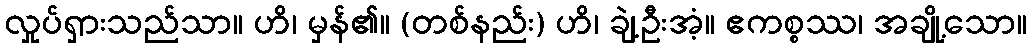
လှုပ်ရှားသည်သာ။ ဟိ၊ မှန်၏။ (တစ်နည်း) ဟိ၊ ချဲ့ဦးအံ့။ ဧကစ္စဿ၊ အချို့သော။